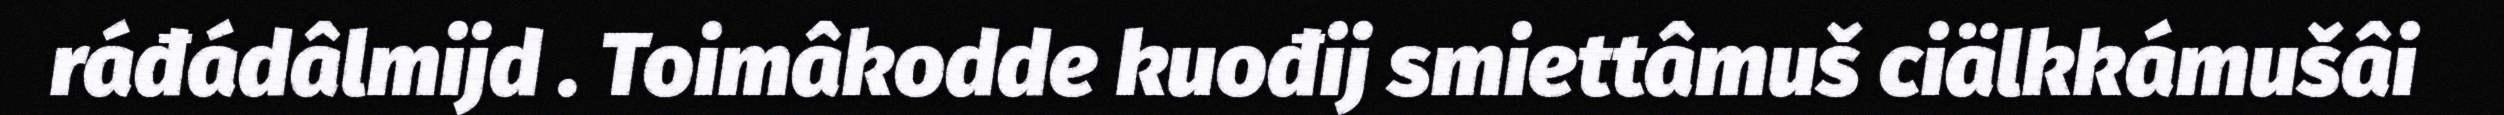
ráđádâlmijd . Toimâkodde kuođij smiettâmuš ciälkkámušâi